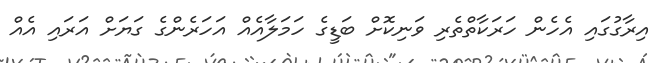
އިރާގުގައި އެހެން ހަރަކާތްތެރި ވަނިކޮށް ބަޑީގެ ހަމަލާއެއް އަހަރެންގެ ގަޔަށް އަރައި އެއް